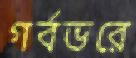
গর্বভরে